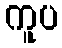
ကူပ